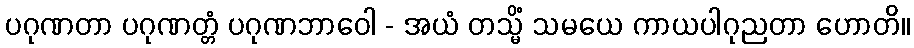
ပဂုဏတာ ပဂုဏတ္တံ ပဂုဏဘာဝေါ - အယံ တသ္မိံ သမယေ ကာယပါဂုညတာ ဟောတိ။